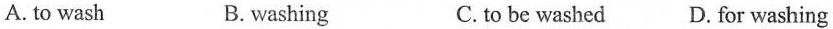
A.to wash B.washing C.to be washed D.for washing